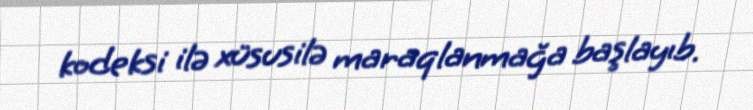
kodeksi ilə xüsusilə maraqlanmağa başlayıb.